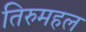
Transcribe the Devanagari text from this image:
तिरुमहल